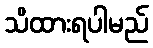
သိထားရပါမည်